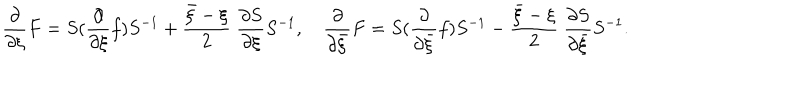
\frac { \partial } { \partial \xi } F = S ( \frac { \partial } { \partial \xi } f ) S ^ { - 1 } + \frac { \bar { \xi } - \xi } { 2 } \; \frac { \partial S } { \partial \xi } S ^ { - 1 } , \quad \frac { \partial } { \partial \bar { \xi } } F = S ( \frac { \partial } { \partial \bar { \xi } } f ) S ^ { - 1 } - \frac { \bar { \xi } - \xi } { 2 } \; \frac { \partial S } { \partial \bar { \xi } } S ^ { - 1 } .